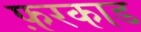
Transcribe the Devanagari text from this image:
फ़रकाड